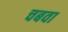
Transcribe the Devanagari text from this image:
चबवा